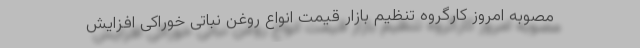
مصوبه امروز کارگروه تنظیم بازار قیمت انواع روغن نباتی خوراکی افزایش